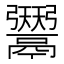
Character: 𱆑